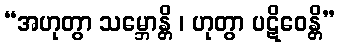
“အဟုတွာ သမ္ဘောန္တိ ၊ ဟုတွာ ပဋိဝေန္တိ”